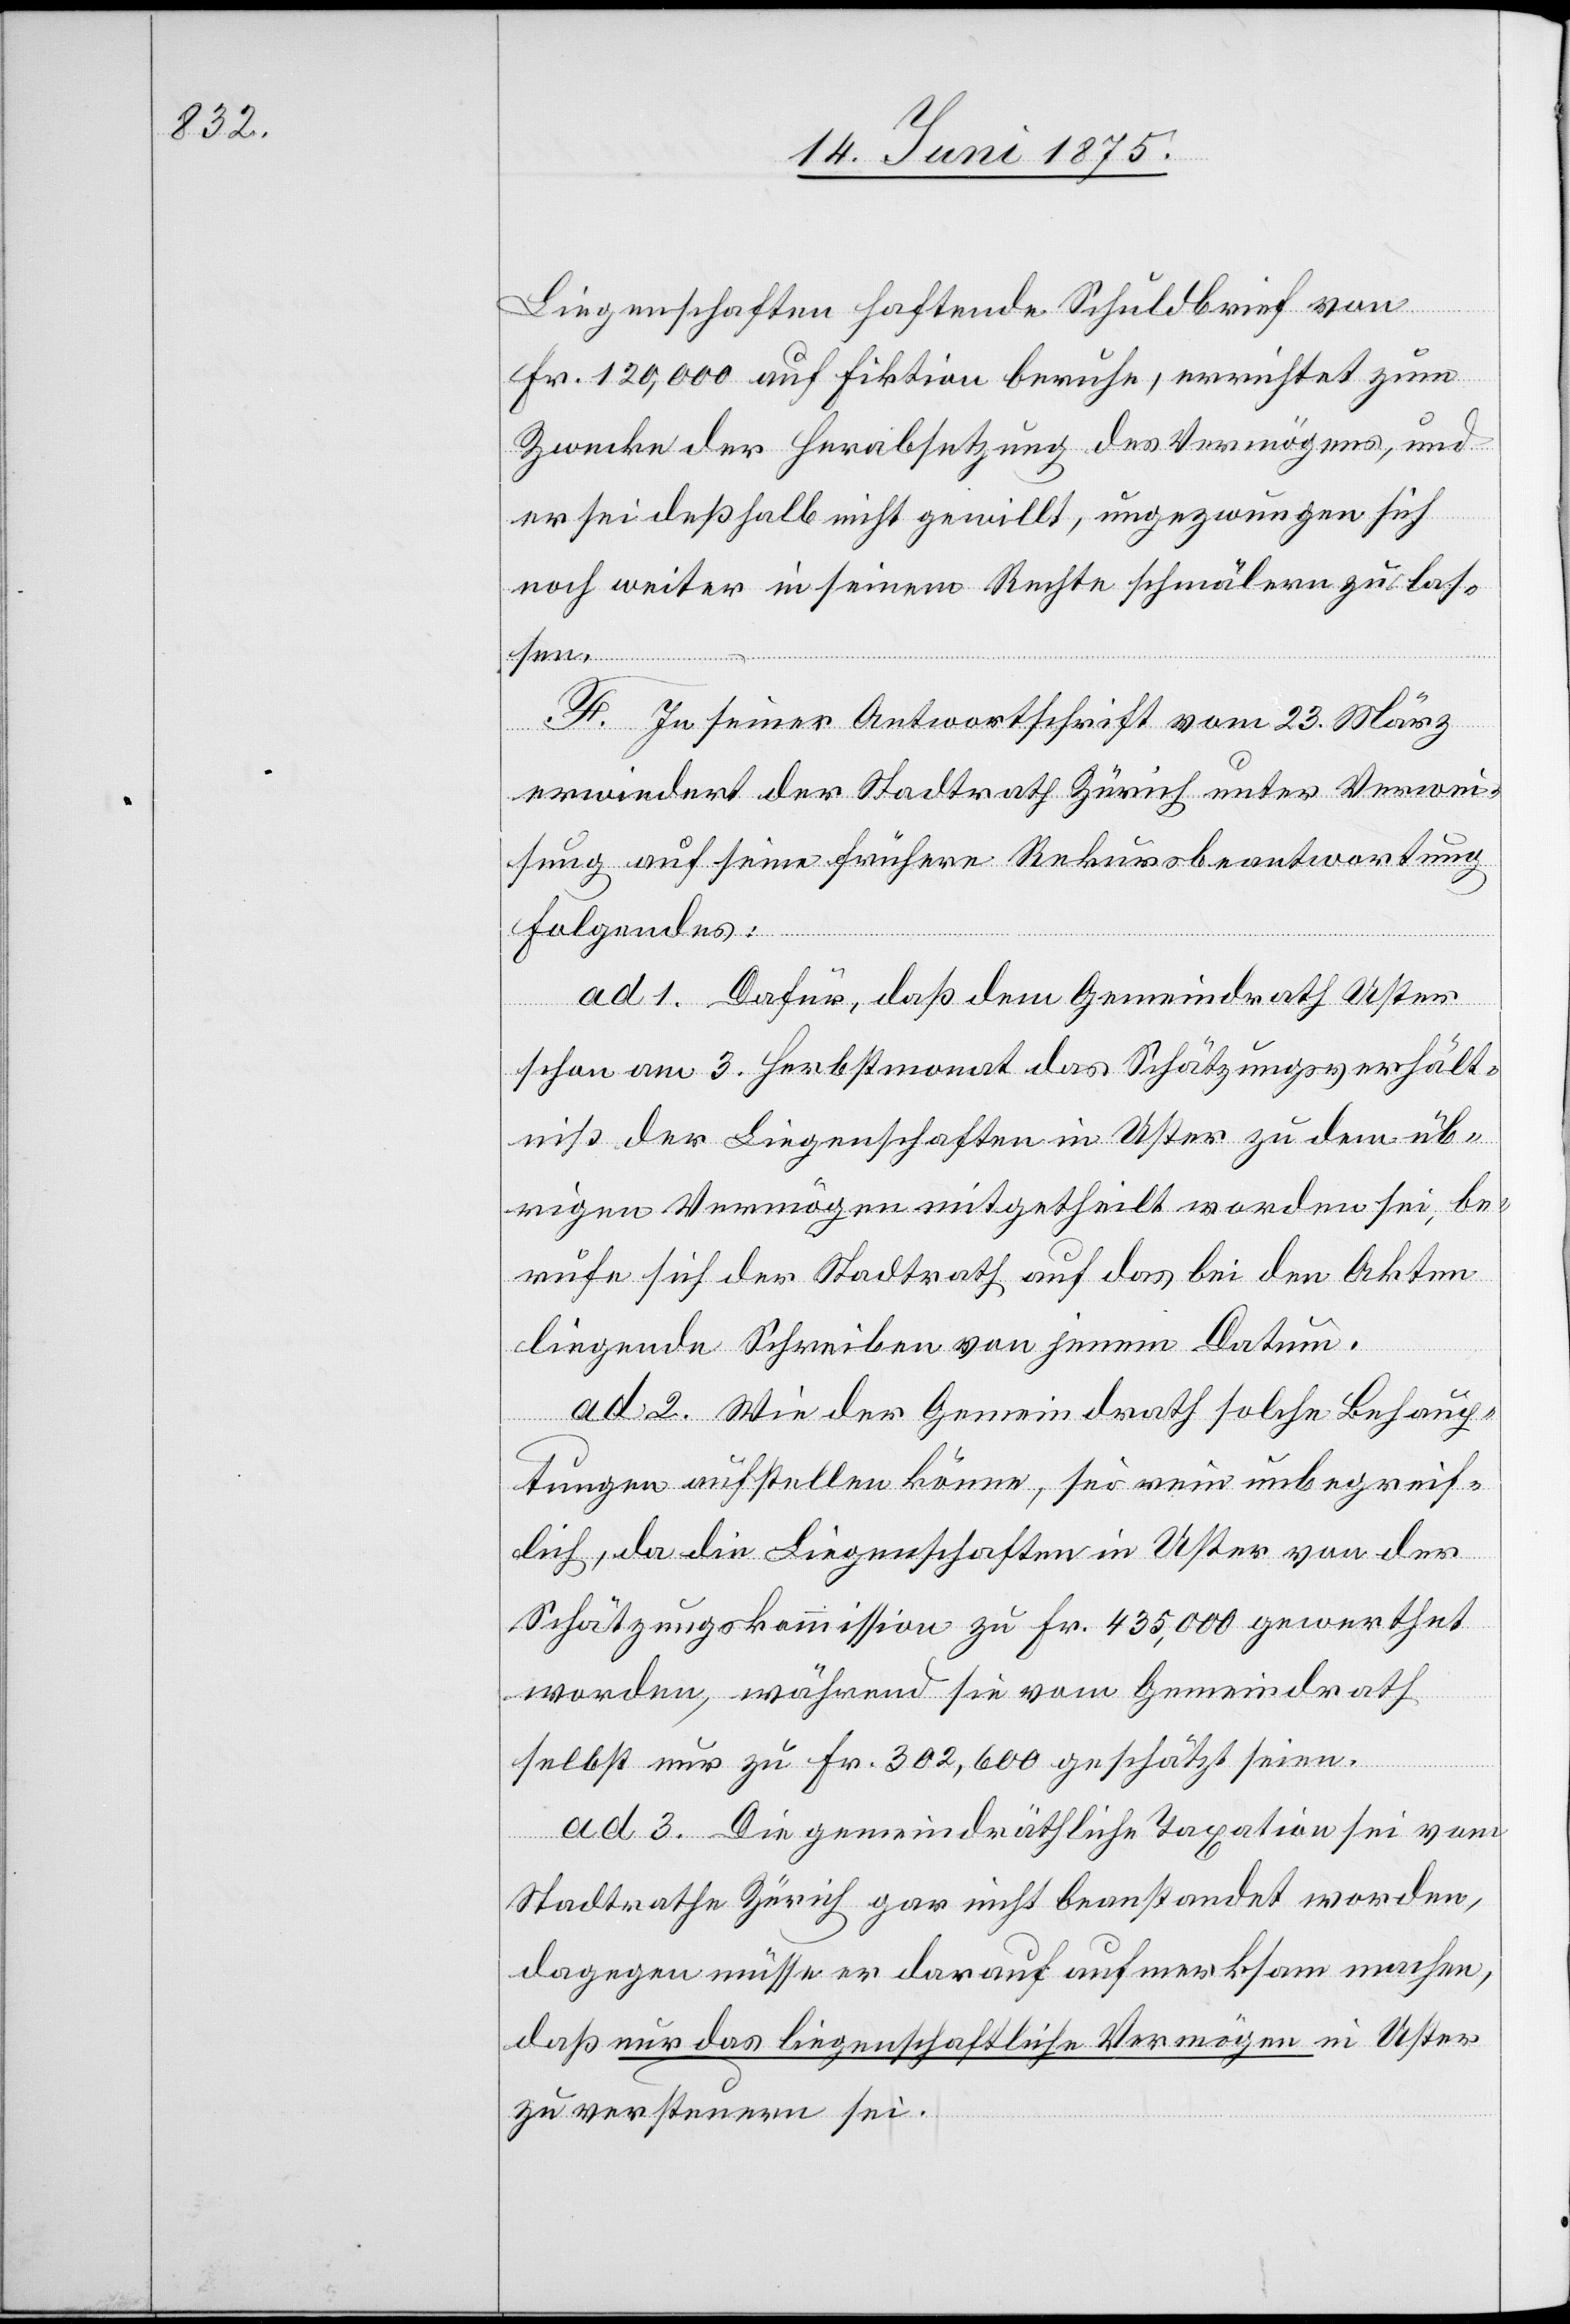
Liegenschaften haftende Schuldbrief von
Fr. 120,000 auf Fiktion beruhe, errichtet zum
Zwecke der Herabsetzung des Vermögens, und
er sei deßhalb nicht gewillt, ungezwungen sich
noch weiter in seinem Rechte schmälern zu las¬
sen.
F. In seiner Antwortschrift vom 23. März
erwiedert der Stadtrath Zürich unter Verwei¬
sung auf seine frühere Rekursbeantwortung
Folgendes:
ad 1. Dafür, daß dem Gemeindrath Uster
schon am 3. Herbstmonat das Schätzungsverhält¬
niß der Liegenschaften in Uster zu dem üb¬
rigen Vermögen mitgetheilt worden sei, be¬
rechne sich der Stadtrath auf das bei den Akten
liegende Schreiben von jenem Datum.
ad 2. Wie der Gemeindrath solche Behaup¬
tungen aufstellen könne, sei rein unbegreif¬
lich, da die Liegenschaften in Uster von der
Schätzungskommission zu Fr. 435,000 gewerthet
worden, während sie vom Gemeindrath
selbst nur zu Fr. 302,600 geschätzt seien.
ad 3. Die gemeindräthliche Taxation sei vom
Stadtrathe Zürich gar nicht beanstandet worden,
dagegen müsse er darauf aufmerksam machen,
daß nur da liegenschaftliche Vermögen in Uster
zu versteuern sei.